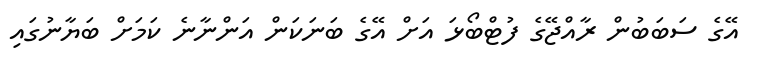
އޭގެ ސަބަބުން ރާއްޖޭގެ ފުޓްބޯޅަ އަށް އޭގެ ބަނަކަން އަންނާނެ ކަމަށް ބަޔާނުގައި